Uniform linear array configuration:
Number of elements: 8
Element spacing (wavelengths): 0.5
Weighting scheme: kaiser
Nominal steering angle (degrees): -15
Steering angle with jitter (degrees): -13.85
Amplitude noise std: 0.05
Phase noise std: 0.05

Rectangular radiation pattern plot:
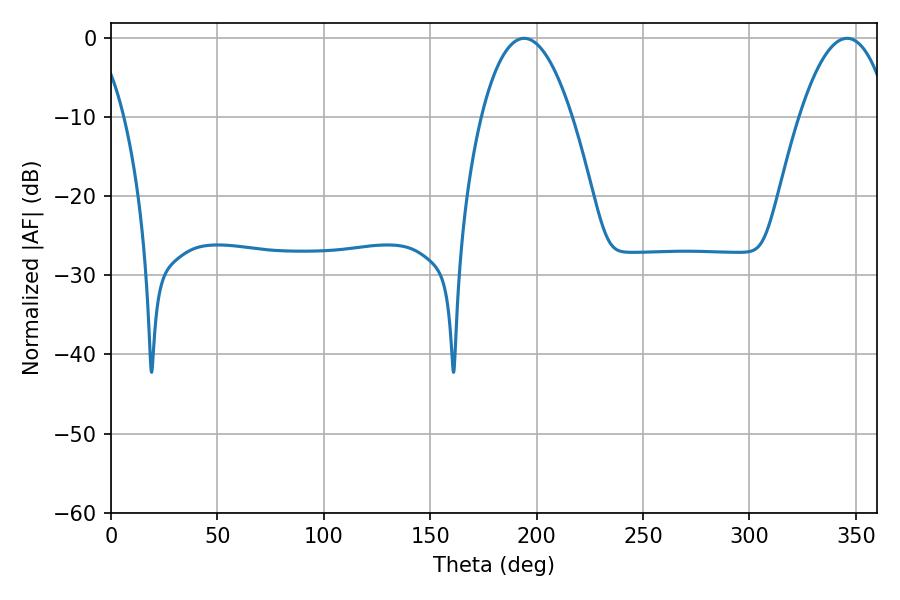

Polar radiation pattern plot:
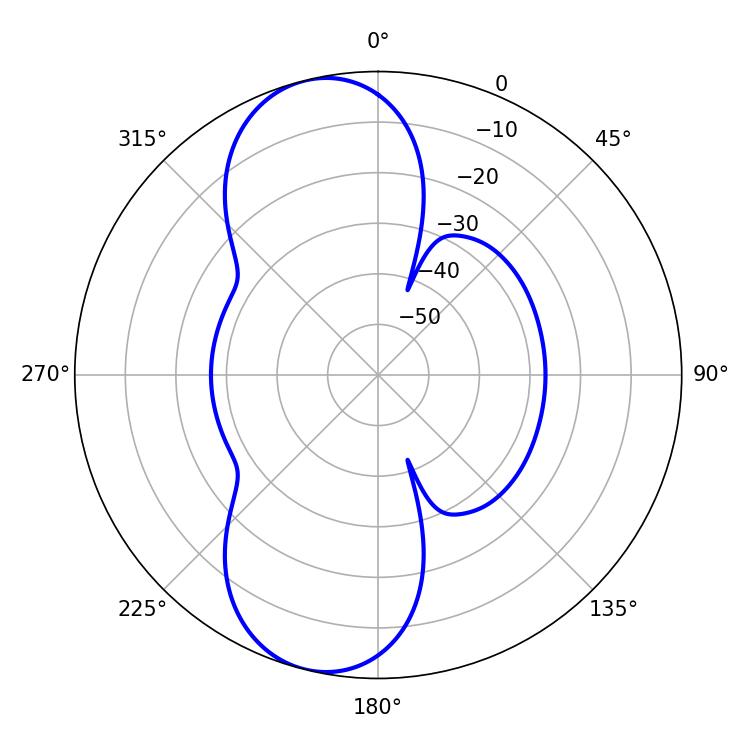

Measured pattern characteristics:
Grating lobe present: FALSE
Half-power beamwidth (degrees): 23.58
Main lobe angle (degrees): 194.04